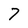
Character: 7